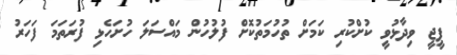
ޕީޖީ ވިދާޅުވީ ކުށްކުރި ކަމަށް ތުހުމަތުކޮށް ފުލުހުން މައްސަލަ ހުށަހެޅި ފުރަތަމަ ފަހަރު